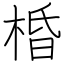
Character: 棔